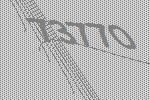
73770